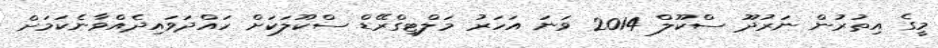
މީގެ އިތުރުން ނަރުދޫ ސްކޫލް 2014 ވަނަ އަހަރު މަލްޓިގްރޭޑް ސްކޫލަކަށް ހައްދަވައިދެއްވާނެކަމަށް